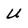
Character: U